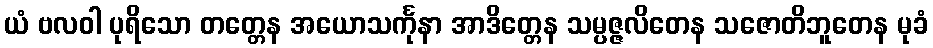
ယံ ဗလဝါ ပုရိသော တတ္တေန အယောသင်္ကုနာ အာဒိတ္တေန သမ္ပဇ္ဇလိတေန သဇောတိဘူတေန မုခံ